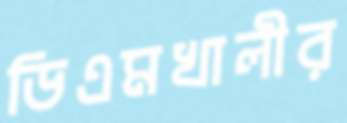
ডিএমখালীর